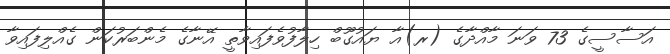
އަސާސީގެ 73 ވަނަ މާއްދާގެ (ރ)އާ ޔައުގޫބް ހިލާފުވެފައިވާތީ އޭނާގެ މެންބަރުކަން ގެއްލިފައިވާ